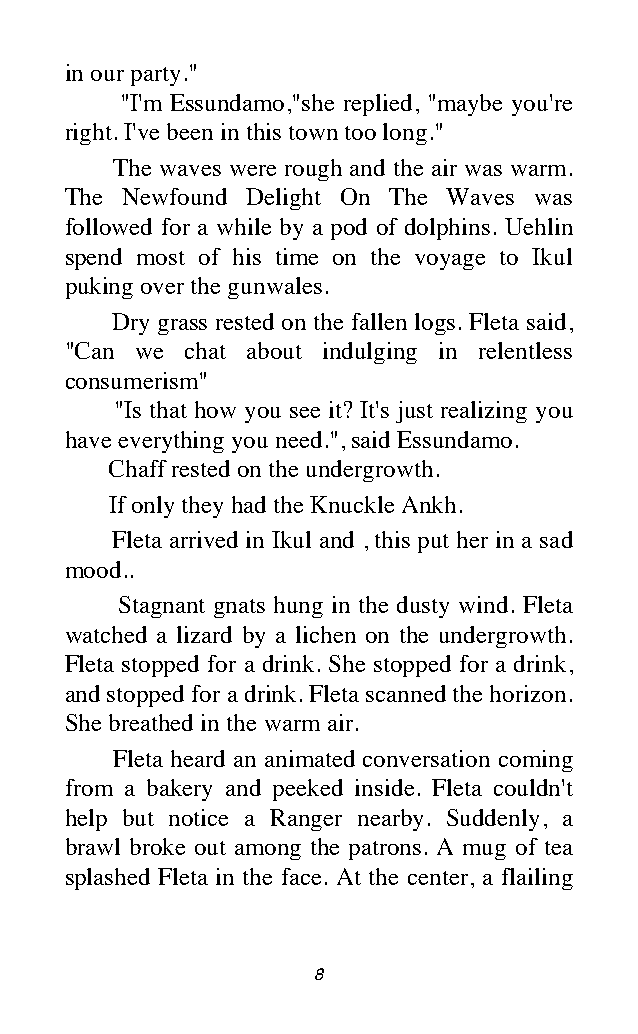
in our party."
 "I'm Essundamo,"she replied, "maybe you're
 right. I've been in this town too long."
 The waves were rough and the air was warm.
 The Newfound Delight On The Waves was
 followed for a while by a pod of dolphins. Uehlin
 spend most of his time on the voyage to Ikul
 puking over the gunwales.
 Dry grass rested on the fallen logs. Fleta said,
 "Can we chat about indulging in relentless
 consumerism"
 "Is that how you see it? It's just realizing you
 have everything you need.", said Essundamo.
 Chaff rested on the undergrowth.
 If only they had the Knuckle Ankh.
 Fleta arrived in Ikul and , this put her in a sad
 mood..
 Stagnant gnats hung in the dusty wind. Fleta
 watched a lizard by a lichen on the undergrowth.
 Fleta stopped for a drink. She stopped for a drink,
 and stopped for a drink. Fleta scanned the horizon.
 She breathed in the warm air.
 Fleta heard an animated conversation coming
 from a bakery and peeked inside. Fleta couldn't
 help but notice a Ranger nearby. Suddenly, a
 brawl broke out among the patrons. A mug of tea
 splashed Fleta in the face. At the center, a flailing
 8